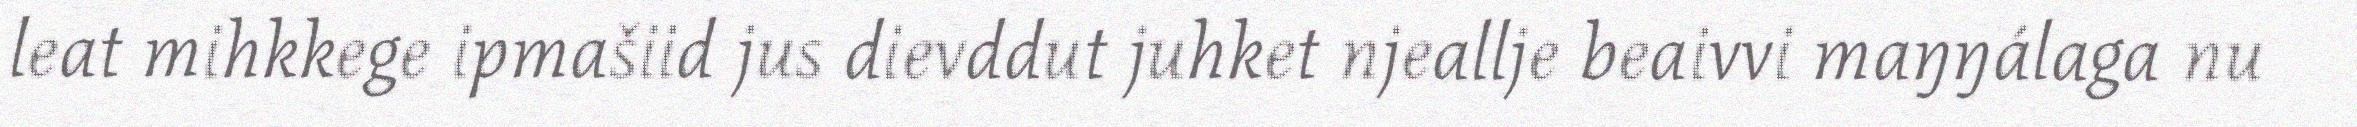
leat mihkkege ipmašiid jus dievddut juhket njeallje beaivvi maŋŋálaga nu